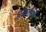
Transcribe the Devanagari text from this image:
प्रकष्ति